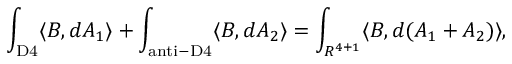
\int _ { \mathrm { D 4 } } \langle { \cal B } , d A _ { 1 } \rangle + \int _ { \mathrm { a n t i - D 4 } } \langle { \cal B } , d A _ { 2 } \rangle = \int _ { R ^ { 4 + 1 } } \langle { \cal B } , d ( A _ { 1 } + A _ { 2 } ) \rangle ,